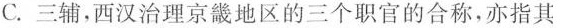
C.三辅，西汉治理京畿地区的三个职官的合称，亦指其